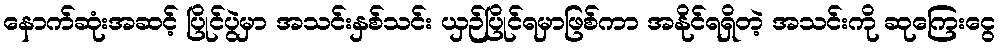
နောက်ဆုံးအဆင့် ပြိုင်ပွဲမှာ အသင်းနှစ်သင်း ယှဉ်ပြိုင်ရမှာဖြစ်ကာ အနိုင်ရရှိတဲ့ အသင်းကို ဆုကြေးငွေ